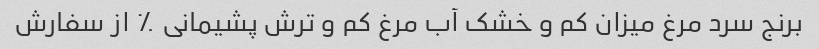
برنج سرد مرغ میزان کم و خشک آب مرغ کم و ترش پشیمانی ٪ از سفارش